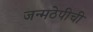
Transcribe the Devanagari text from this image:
जन्मठेपीची